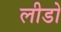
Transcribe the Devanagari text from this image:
लीडो